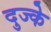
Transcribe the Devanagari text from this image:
दुज्के